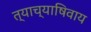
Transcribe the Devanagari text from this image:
त्याच्याषिवाय